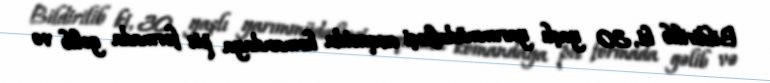
Bildirilib ki, 30 yaşlı yarımmüdafiəçi avqustda komandaya pis formada gəlib və